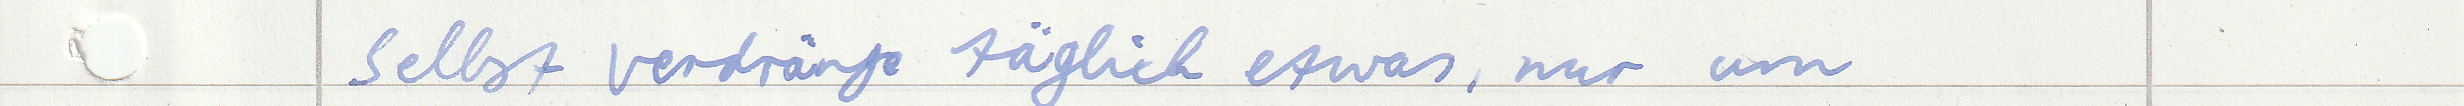
selbst verdränge täglich etwas, nur um